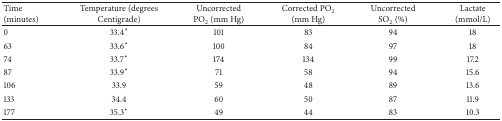
<table><thead><tr><td><b>Time (minutes)</b></td><td><b>Temperature (degrees Centigrade)</b></td><td><b>Uncorrected PO<sub>2</sub> (mm Hg)</b></td><td><b>Corrected PO<sub>2</sub> (mm Hg)</b></td><td><b>Uncorrected SO<sub>2</sub> (%)</b></td><td><b>Lactate (mmol/L)</b></td></tr></thead><tbody><tr><td>0</td><td>33.4<sup><i>∗</i></sup></td><td>101</td><td>83</td><td>94</td><td>18</td></tr><tr><td>63</td><td>33.6<sup><i>∗</i></sup></td><td>100</td><td>84</td><td>97</td><td>18</td></tr><tr><td>74</td><td>33.7<sup><i>∗</i></sup></td><td>174</td><td>134</td><td>99</td><td>17.2</td></tr><tr><td>87</td><td>33.9<sup><i>∗</i></sup></td><td>71</td><td>58</td><td>94</td><td>15.6</td></tr><tr><td>106</td><td>33.9</td><td>59</td><td>48</td><td>89</td><td>13.6</td></tr><tr><td>133</td><td>34.4</td><td>60</td><td>50</td><td>87</td><td>11.9</td></tr><tr><td>177</td><td>35.3<sup><i>∗</i></sup></td><td>49</td><td>44</td><td>83</td><td>10.3</td></tr></tbody></table>